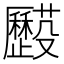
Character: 𠫌